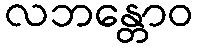
လဘန္တောဝ